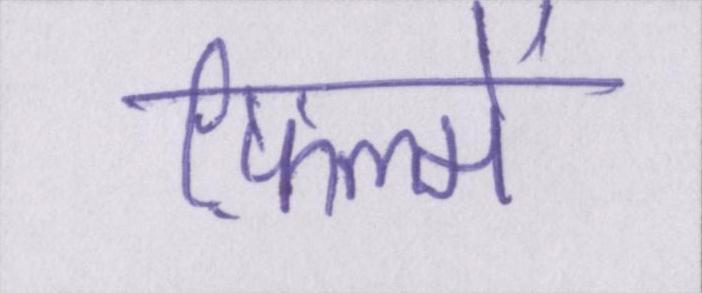
फ़िल्में